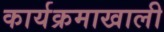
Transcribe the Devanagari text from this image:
कार्यक्रमाखाली